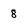
Character: 8